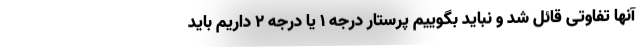
آنها تفاوتی قائل شد و نباید بگوییم پرستار درجه ۱ یا درجه ۲ داریم باید